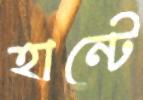
হান্টে